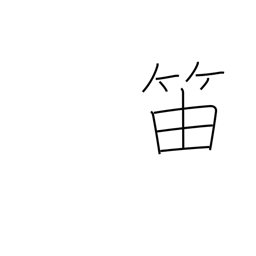
Meaning: clarinet